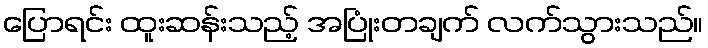
ပြောရင်း ထူးဆန်းသည့် အပြုံးတချက် လက်သွားသည်။